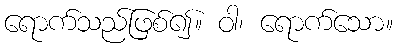
ရောက်သည်ဖြစ်၍။ ဝါ၊ ရောက်သော။